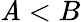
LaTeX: \mathit{A}<B